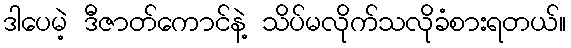
ဒါပေမဲ့ ဒီဇာတ်ကောင်နဲ့ သိပ်မလိုက်သလိုခံစားရတယ်။